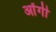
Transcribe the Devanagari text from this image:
ओंगी